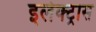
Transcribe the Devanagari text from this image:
इलेक्‍ट्रास